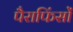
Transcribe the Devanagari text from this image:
पैराफिंसों